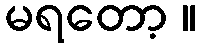
မရတော့ ။